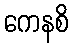
ကေနစိ